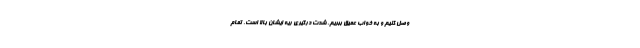
وصل کنیم و به خواب عمیق ببریم. شدت درگیری ریه ایشان بالا است. تمام